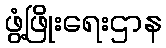
ဖွံ့ဖြိုးရေးဌာန